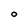
Character: O